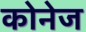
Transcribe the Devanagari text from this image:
कोनेज